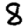
Digit: 8